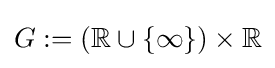
G:=(\mathbb {R} \cup \{\infty \})\times \mathbb {R}